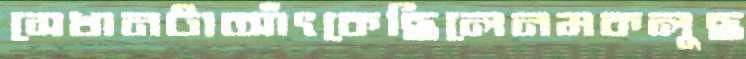
সেখানটাআঁৎকেছিলেনমকলুছ